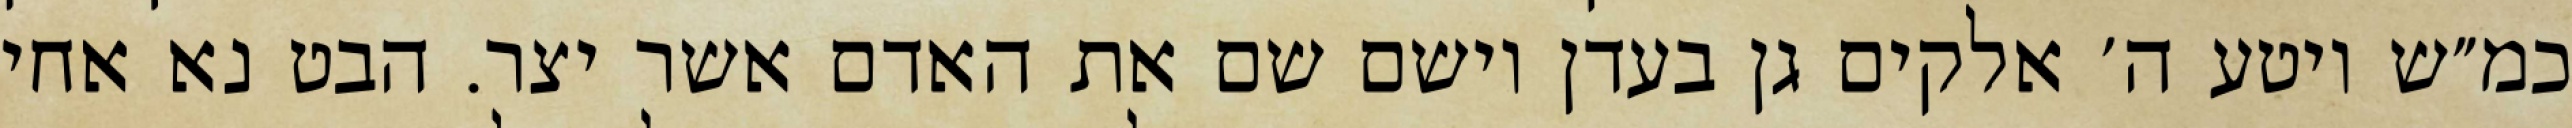
כמ״ש ויטע ה׳ אלקים גן בעדן וישם שם את האדם אשר יצר. הבט נא אחי